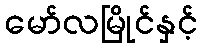
မော်လမြိုင်နှင့်